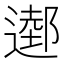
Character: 𨖖